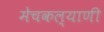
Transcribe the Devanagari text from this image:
मेचकल्याणी